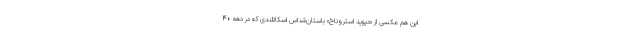
این هم عکسی از «دیوید استروناخ» باستان‌شناس اسکاتلندی که در دهه ۴۰